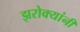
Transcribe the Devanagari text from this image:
झरोक्यांनी